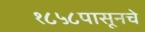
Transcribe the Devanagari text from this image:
१८५८पासूनचे